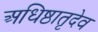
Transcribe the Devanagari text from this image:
अधिष्ठातृदेव